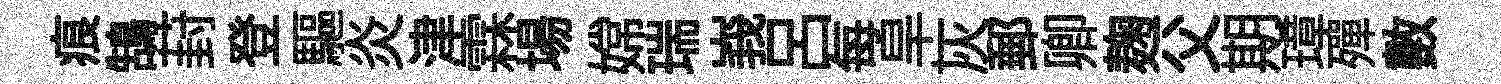
痕鵠葑登驅炎津霖場嫦瑞峩吕每旱灰郵卿麹父期璋殫數